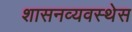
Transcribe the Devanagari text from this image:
शासनव्यवस्थेस